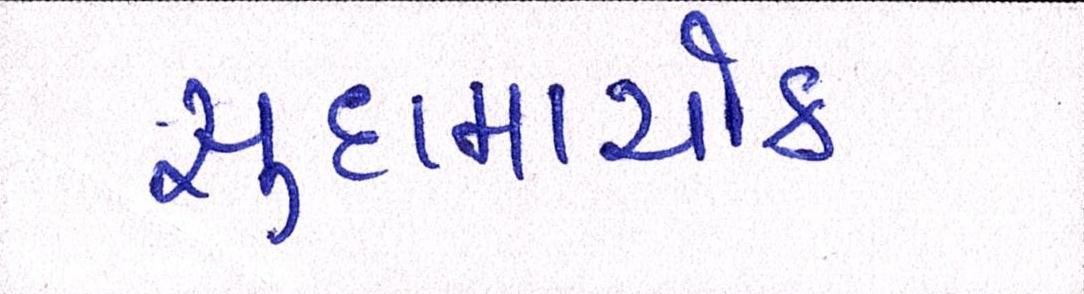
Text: સુદામાચોક